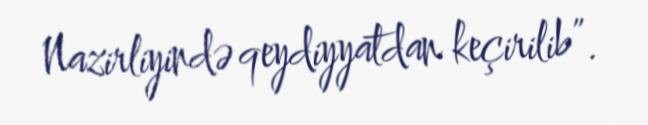
Nazirliyində qeydiyyatdan keçirilib”.